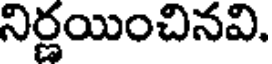
నిర్ణయించినవి.